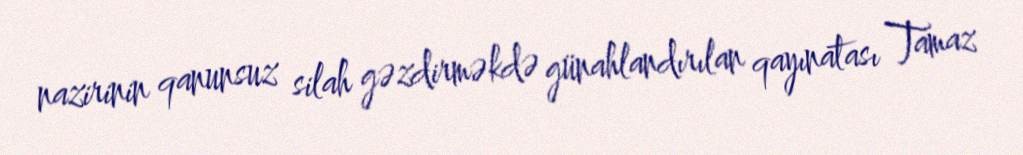
nazirinin qanunsuz silah gəzdirməkdə günahlandırılan qayınatası Tamaz